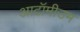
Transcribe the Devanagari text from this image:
आटॉमीउम